Lunatic asylums Madras 1892-1911 - 1892-1911
Year: 1892
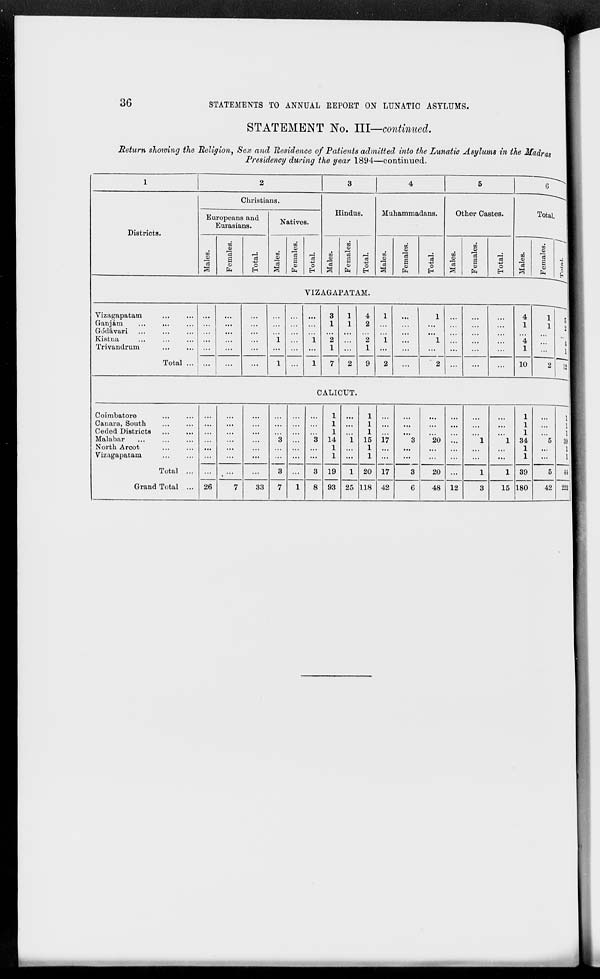
36
STATEMENTS TO ANNUAL REPORT ON LUNATIC ASYLUMS.
STATEMENT No. III—continued.
Return showing the Religion, Sex and Residence of Patients admitted into the Lunatic Asylums in the Madras
Presidency during the year 1894—continued.
1
Districts.
2
Christians.
Europeans and
Eurasians.
Males.
Females.
Total.
Natives.
Males.
Females.
Total.
3
Hindus.
Males.
Females.
Total.
4
Muhammadans.
Males.
Females.
Total.
5
Other Castes.
Males.
Females.
Total.
6
Total.
Males.
Females.
Total.
VIZAGAPATAM.
Vizagapatam ... ...
Ganjám ... ... ...
Gódávari ... ... ...
Kistna ... ... ...
Trivandrum ... ...
Total ...
...
...
...
...
...
...
...
...
...
...
...
...
...
...
...
...
...
...
...
...
...
1
...
1
...
...
...
...
...
...
...
...
...
1
...
1
3
1
...
2
1
7
1
1
...
...
...
2
4
2
...
2
1
9
1
...
...
1
...
2
...
...
...
...
...
...
1
...
...
1
...
2
...
...
...
...
...
...
...
...
...
...
...
...
...
...
...
...
...
...
4
1
...
4
1
10
1
1
...
...
...
2
5
2
...
4
1
12
CALICUT.
Coimbatore ... ...
Canara, South ... ...
Ceded Districts ... ...
Malabar ... ... ...
North Arcot ... ...
Vizagapatam ... ...
Total ...
Grand Total ...
...
...
...
...
...
...
...
26
...
...
...
...
...
...
...
7
...
...
...
...
...
...
...
33
...
...
...
3
...
...
3
7
...
...
...
...
...
...
...
1
...
...
...
3
...
...
3
8
1
1
1
14
1
1
19
93
...
...
...
1
...
...
1
25
1
1
1
15
1
1
20
118
...
...
...
17
...
...
17
42
...
...
...
3
...
...
3
6
...
...
...
20
...
...
20
48
...
...
...
...
...
...
...
12
...
...
...
1
...
...
1
3
...
...
...
1
...
...
1
15
1
1
1
34
1
1
39
180
...
...
...
5
...
...
5
42
1
1
1
39
1
1
44
222